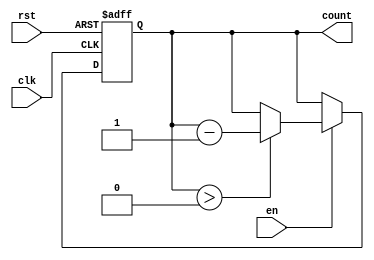
module MemoryBlocksDownCounter (
    input wire clk,       // Clock signal
    input wire rst,       // Asynchronous reset signal
    input wire en,        // Enable signal
    output reg [7:0] count // Current count value (8-bit wide)
);

    // Define the maximum count value
    parameter MAX_COUNT = 8'hFF; // Example maximum value (255)

    // Always block triggered on the rising edge of the clock
    always @(posedge clk or posedge rst) begin
        if (rst) begin
            // Reset the counter to the maximum value
            count <= MAX_COUNT;
        end else if (en) begin
            // Decrement the counter if enabled
            if (count > 0) begin
                count <= count - 1;
            end
            // If count is already 0, it remains 0
        end
        // If enable is low, retain the current value
    end

endmodule